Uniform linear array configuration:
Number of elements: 64
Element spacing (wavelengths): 0.5
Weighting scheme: binomial
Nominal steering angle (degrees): -45
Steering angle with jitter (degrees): -46.005
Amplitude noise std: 0.05
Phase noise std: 0.05

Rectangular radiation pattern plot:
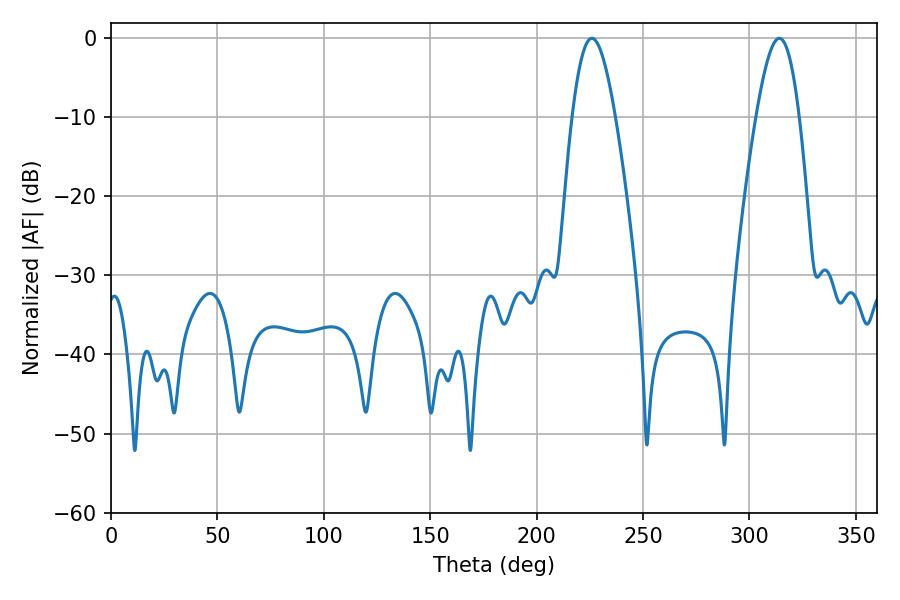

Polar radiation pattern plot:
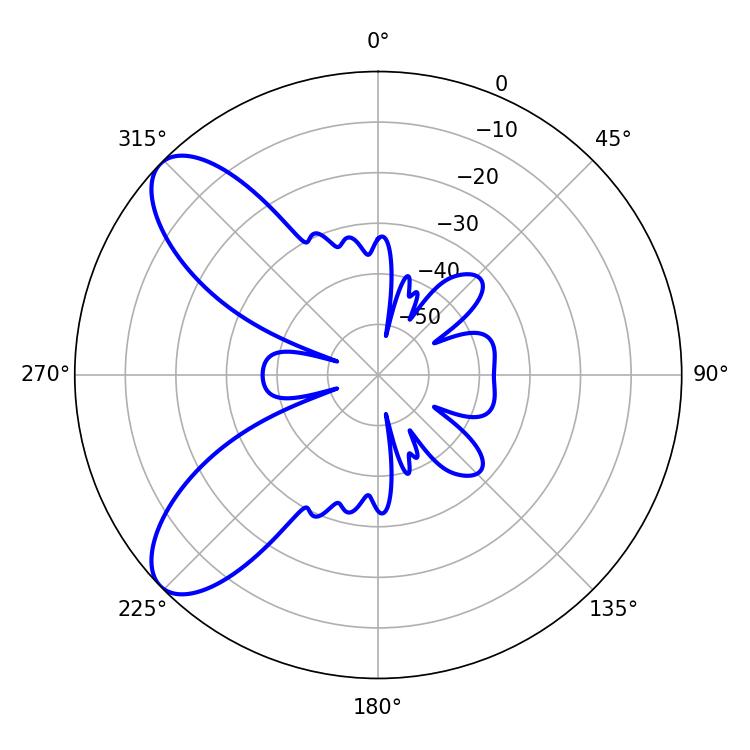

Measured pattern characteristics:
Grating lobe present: FALSE
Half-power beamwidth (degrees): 10.98
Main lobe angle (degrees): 225.9